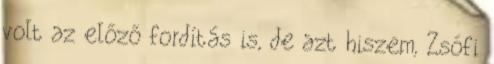
volt az előző fordítás is, de azt hiszem, Zsófi